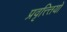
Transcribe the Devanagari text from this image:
प्रवृत्त्त्तियो